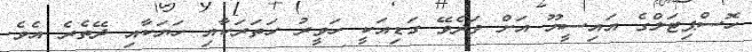
ހޮސްޕިޓަލްގެ އައިސީޔޫ އަށް ވަދެވޭ ގަޑިއަކީ ހަވީރު ހަތަރަކާއި ހަޔަކާއި ދޭތެރެ އެވެ.